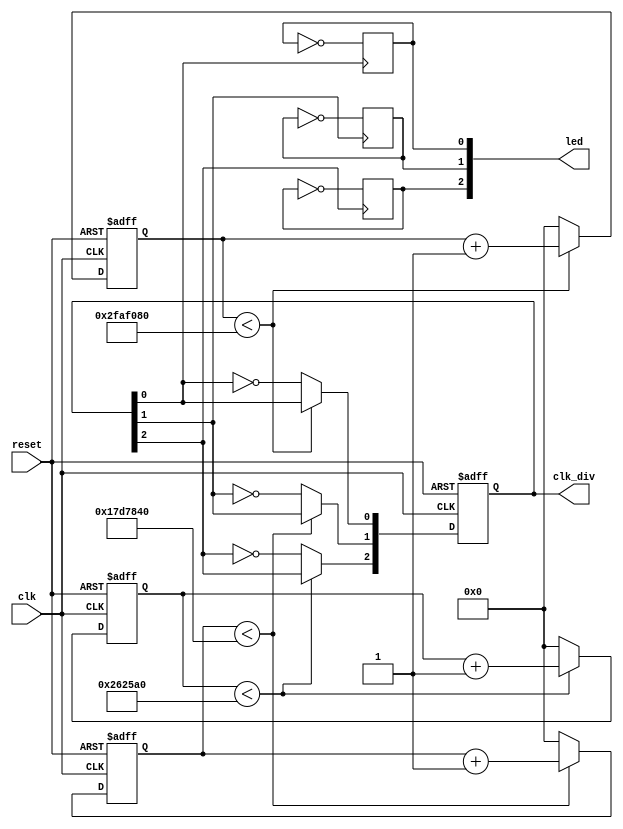
module task1_2(
    input clk,
    input reset,
    output reg [2:0] led,
    output reg [2:0] clk_div
);
reg [31:0] div_reg1, div_reg2, div_reg3;
initial begin
    div_reg1 <= 32'b0;
    div_reg2 <= 32'b0;
    div_reg3 <= 32'b0;
    clk_div <= 3'b0;
    led <= 3'b0;
end
always @ (posedge clk, posedge reset) begin
    if(reset)
    begin
        div_reg1 <= 32'b0;
        div_reg2 <= 32'b0;
        div_reg3 <= 32'b0;
        clk_div <= 4'b0;
    end
    else
    begin
        if(div_reg1 < 32'd50000000)
            div_reg1 <= div_reg1 + 32'b1;
        else
        begin
          div_reg1 <= 32'b0;
          clk_div[0] <= ~clk_div[0];
        end
        if(div_reg2 < 32'd25000000)
            div_reg2 <= div_reg2 + 32'b1;
        else
        begin
          div_reg2 <= 32'b0;
          clk_div[1] <= ~clk_div[1];
        end
        if(div_reg3 < 32'd2500000)
            div_reg3 <= div_reg3 + 32'b1;
        else
        begin
          div_reg3 <= 32'b0;
          clk_div[2] <= ~clk_div[2];
        end
    end
end
always @(posedge clk_div[0]) begin
    led[0] <= ~led[0];
end

always @(posedge clk_div[1]) begin
    led[1] <= ~led[1];
end

always @(posedge clk_div[2]) begin
    led[2] <= ~led[2];
end

endmodule